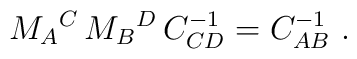
M_A{}^C\,M_B{}^D\,C^{-1}_{CD}=C^{-1}_{AB}\ .